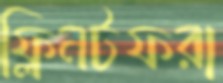
ফ্লিনটফরা